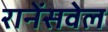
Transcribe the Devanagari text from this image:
रानेंसवेल